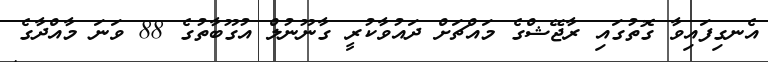
އެނގިފައިވާ ގޮތުގައި ރާޖޭޝްގެ މައްޗަށް ދައުވާކުރީ ގާނޫނުލް އުގޫބާތުގެ 88 ވަނަ މާއްދާގެ